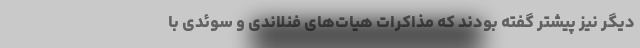
دیگر نیز پیشتر گفته بودند که مذاکرات هیات‌های فنلاندی و سوئدی با